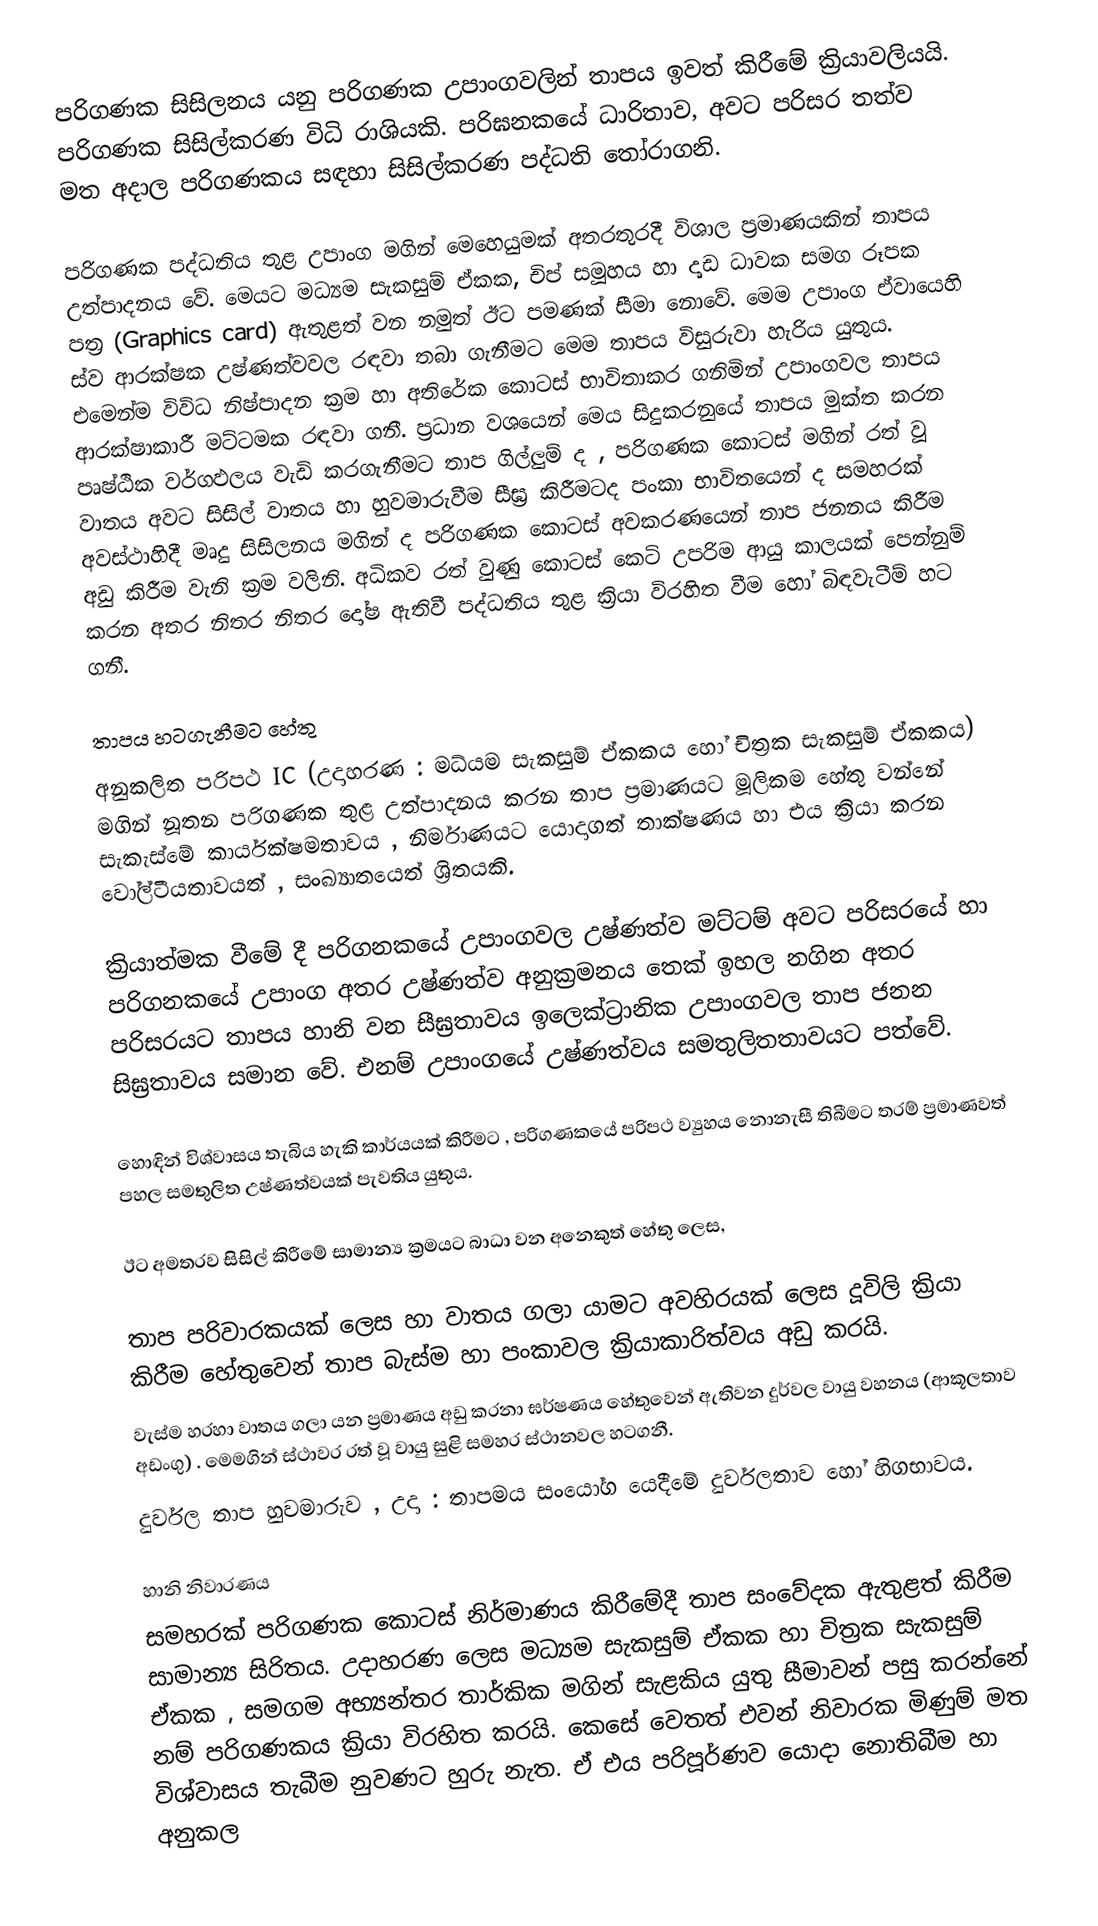
පරිගණක සිසිලනය යනු පරිගණක උපාංගවලින් තාපය ඉවත් කිරීමේ ක්‍රියාවලියයි. පරිගණක සිසිල්කරණ විධි රාශියකි. පරිඝනකයේ ධාරිතාව, අවට පරිසර තත්ව මත අදාල පරිගණකය සඳහා සිසිල්කරණ පද්ධති තෝරාගනි.

පරිගණක පද්ධතිය තුළ උපාංග මගින් මෙහෙයුමක් අතරතුරදී විශාල ප්‍රමාණයකින් තාපය උත්පාදනය වේ. මෙයට මධ්‍යම සැකසුම් ඒකක, චිප් සමූහය හා දෘඩ ධාවක සමග රූපක පත්‍ර (Graphics card) ඇතුළත් වන නමුත් ඊට පමණක් සීමා නොවේ. මෙම උපාංග ඒවායෙහි ස්ව ආරක්ෂක උෂ්ණත්වවල රඳවා තබා ගැනීමට මෙම තාපය විසුරුවා හැරිය යුතුය. එමෙන්ම විවිධ නිෂ්පාදන ක්‍රම හා අතිරේක කොටස් භාවිතාකර ගනිමින් උපාංගවල තාපය ආරක්ෂාකාරී මට්ටමක රඳවා ගනී. ප්‍රධාන වශයෙන් මෙය සිදුකරනුයේ තාපය මුක්ත කරන පෘෂ්ඨික වර්ගඵලය වැඩි කරගැනීමට තාප ගිල්ලුම් ද , පරිගණක කොටස් මගින් රත් වූ වාතය අවට සිසිල් වාතය හා හුවමාරුවීම සීඝ්‍ර කිරීමටද පංකා භාවිතයෙන් ද සමහරක් අවස්ථාහිදී මෘදු සිසිලනය මගින් ද පරිගණක කො‍ටස් අවකරණයෙන් තාප ජනනය කිරීම අඩු කිරීම වැනි ක්‍රම වලිනි. අධිකව රත් වුණු කොටස් කෙටි උපරිම ආයු කාලයක් පෙන්නුම් කරන අතර නිතර නිතර දෝෂ ඇතිවී පද්ධතිය තුළ ක්‍රියා විරහිත වීම හෝ බිඳවැටීම් හට ගනී.

තාපය හටගැනීමට හේතු
අනුකලිත පරිපථ IC (උදාහරණ : මධ්යම සැකසුම් ඒකකය හෝ චිත්‍රක සැකසුම් ඒකකය) මගින් නූතන පරිගණක තුළ උත්පාදනය කරන තාප ප්‍රමාණයට මූලිකම හේතු වන්නේ සැකැස්මේ කාර්යක්ෂමතාවය , නිර්මාණයට යොදාගත් තාක්ෂණය හා එය ක්‍රියා කරන වෝල්ටීයතාවයත් , සංඛ්‍යාතයෙත් ශ්‍රිතයකි.

ක්‍රියාත්මක වීමේ දී පරිගනකයේ උපාංගවල උෂ්ණත්ව මට්ටම් අවට පරිසරයේ හා පරිගනකයේ උපාංග අතර උෂ්ණත්ව අනුක්‍රමනය තෙක් ඉහල නගින අතර පරිසරයට තාපය හානි වන සීඝ්‍රතාවය ඉලෙක්ට්‍රානික උපාංගවල තාප ජනන සිඝ්‍රතාවය සමාන වේ. එනම් උපාංගයේ උෂ්ණත්වය සමතුලිතතාවයට පත්වේ.

හොඳින් විශ්වාසය තැබිය හැකි කාර්යයක් කිරීමට , පරිගණකයේ පරිපථ ව්‍යුහය නොනැසී තිබීමට තරම් ප්‍රමාණවත් පහල සමතුලිත උෂ්ණත්වයක් පැවතිය යුතුය.

ඊට අමතරව සිසිල් කිරීමේ සාමාන්‍ය ක්‍රමයට බාධා වන අනෙකුත් හේතු ලෙස,

තාප පරිවාරකයක් ලෙස හා වාතය ගලා යාමට අවහිරයක් ලෙස දූවිලි ක්‍රියා කිරීම හේතුවෙන් ‍තාප බැස්ම හා පංකාවල  ක්‍රියාකාරිත්වය අඩු කරයි.
වැස්ම හරහා වාතය ගලා යන ප්‍රමාණය අඩු කරනා ඝර්ෂණය හේතුවෙන් ඇතිවන දුර්වල වායු වහනය (ආකූලතාව අඩංගු) . මෙමගින් ස්ථාවර රත් වූ වායු සුළි සමහර ස්ථානවල හටගනී.
දුර්වල තාප හුවමාරුව , උදා : තාපමය සංයෝග යෙදීමේ දුර්වලතාව හෝ හිගභාවය.

හානි නිවාරණය
සමහරක් පරිගණක කොටස් නිර්මාණය කිරීමේදී තාප සංවේදක ඇතුළත් කිරීම සාමාන්‍ය සිරිතය. උදාහරණ ලෙස මධ්‍යම සැකසුම් ඒකක හා චිත්‍රක සැකසුම් ඒකක , සමගම අභ්‍යන්තර තාර්කික මගින් සැළකිය යුතු සීමාවන් පසු කරන්නේ නම් පරිගණකය ක්‍රියා විරහිත කරයි. කෙසේ වෙතත් එවන් නිවාරක මිණුම් මත විශ්වාසය තැබීම නුවණට හුරු නැත. ඒ එය පරිපූර්ණව යොදා නොතිබීම හා අනුකල